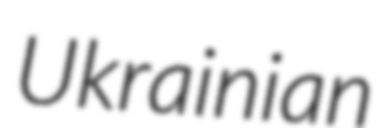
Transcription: Ukrainian